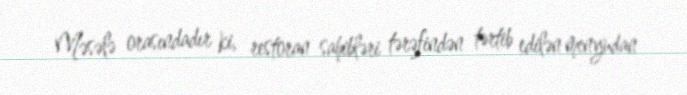
Məsələ orasındadır ki, restoran sahibləri tərəfindən tərtib edilən menyudan